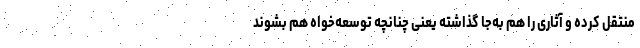
منتقل کرده و آثاری را هم به‌جا گذاشته یعنی چنانچه توسعه‌خواه هم بشوند